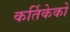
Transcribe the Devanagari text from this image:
कर्तिकेको